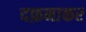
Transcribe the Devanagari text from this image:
दफ़नाकर